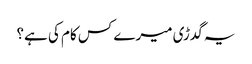
یہ گدڑی میرے کس کام کی ہے؟